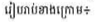
រៀបរាប់ខាងក្រោម៖